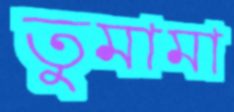
তুমামা